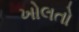
ખોલતો